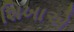
શિખાએ